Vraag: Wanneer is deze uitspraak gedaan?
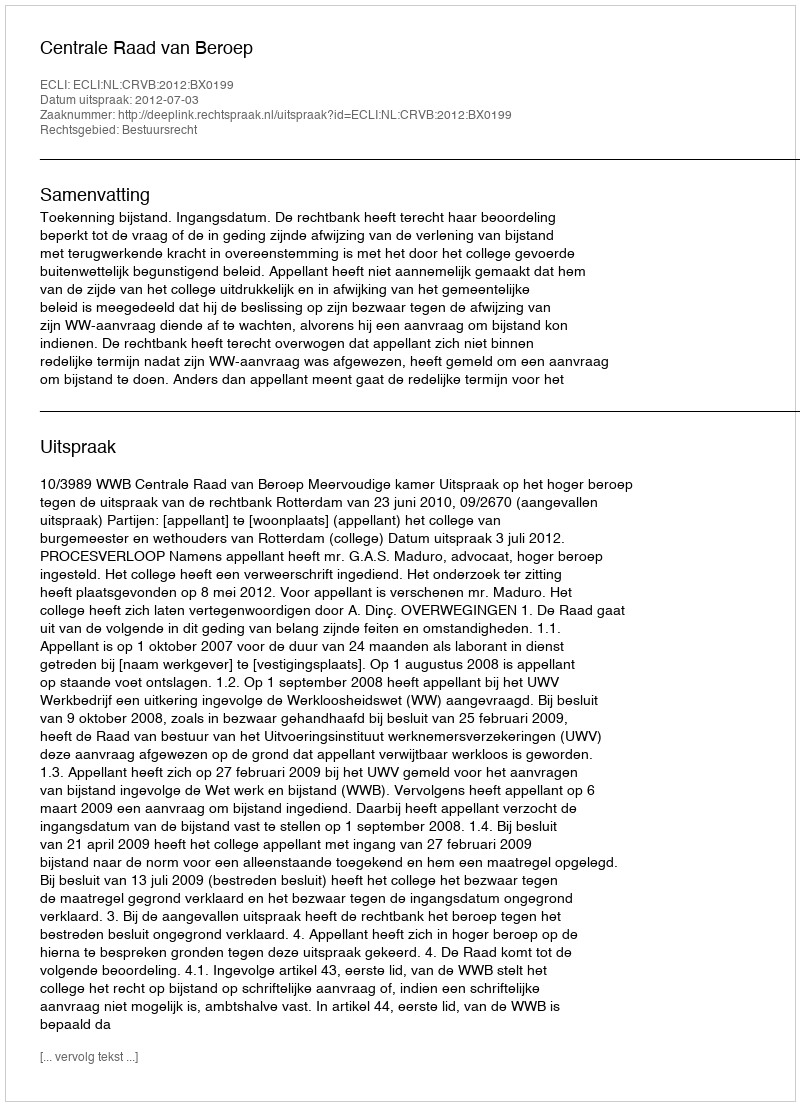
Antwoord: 2012-07-03